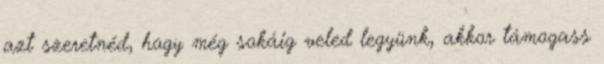
azt szeretnéd, hogy még sokáig veled legyünk, akkor támogass